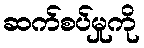
ဆက်စပ်မှုကို